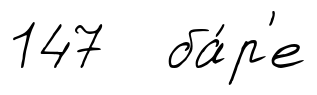
147 ба́р'е